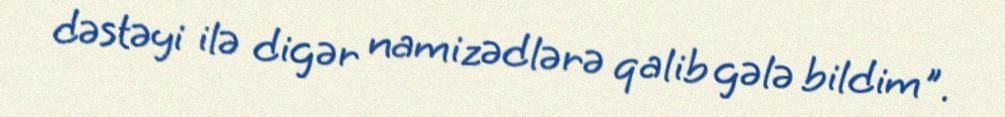
dəstəyi ilə digər namizədlərə qalib gələ bildim".